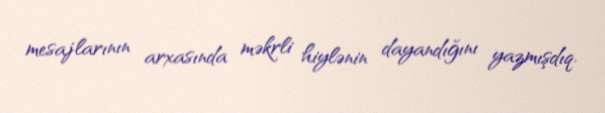
mesajlarının arxasında məkrli hiylənin dayandığını yazmışdıq.